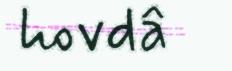
hovdâ